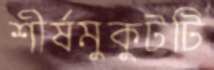
শীর্ষমুকুটটি